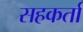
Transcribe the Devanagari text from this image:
सहकर्ता